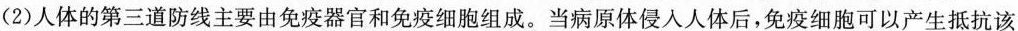
(2)人体的第三道防线主要由免疫器官和免疫细胞组成。当病原体侵入人体后，免疫细胞可以产生抵抗该